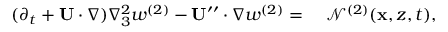
\begin{array} { r l } { ( \partial _ { t } + \mathbf { U } \cdot \nabla ) \nabla _ { 3 } ^ { 2 } w ^ { ( 2 ) } - \mathbf { U } ^ { \prime \prime } \cdot \nabla w ^ { ( 2 ) } = ~ } & { { } \mathcal { N } ^ { ( 2 ) } ( \mathbf { x } , z , t ) , } \end{array}